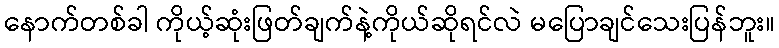
နောက်တစ်ခါ ကိုယ့်ဆုံးဖြတ်ချက်နဲ့ကိုယ်ဆိုရင်လဲ မပြောချင်သေးပြန်ဘူး။